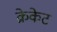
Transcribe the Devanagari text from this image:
क्रेकेट